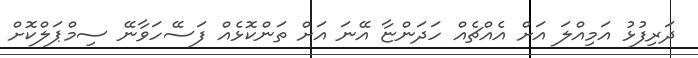
ދަރިފުޅު އަމިއްލަ އަށް އެއްޗެއް ހަދަންޏާ އޭނަ އަށް ތަންކޮޅެއް ފަސޭހަވާނޭ ސިމްޕަލްކޮށް